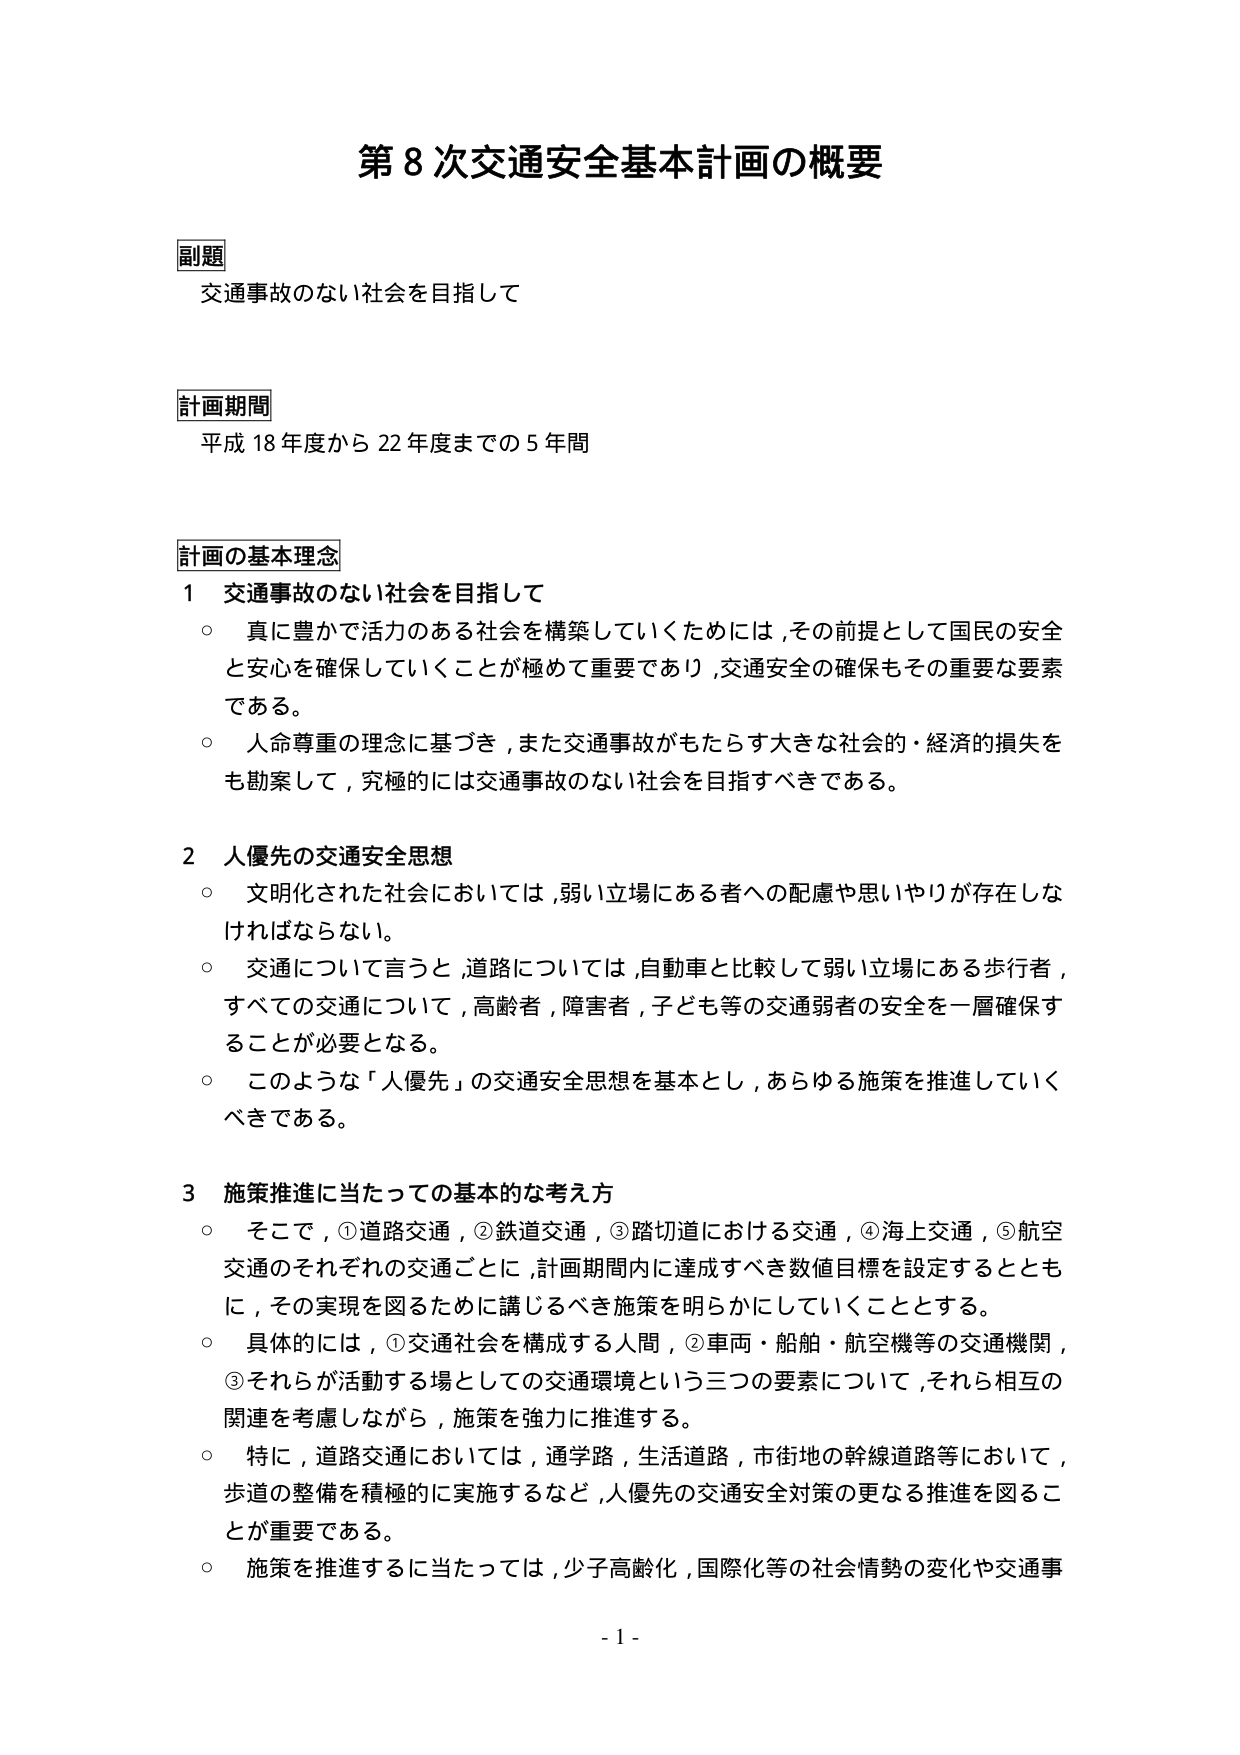
第８次交通安全基本計画の概要

副題
交通事故のない社会を目指して

計画期間
平成18年度から22年度までの5年間

計画の基本理念
1 交通事故のない社会を目指して
○ 真に豊かで活力のある社会を構築していくためには、その前提として国民の安全と安心を確保していくことが極めて重要であり、交通安全の確保もその重要な要素である。
○ 人命尊重の理念に基づき、また交通事故がもたらす大きな社会的・経済的損失をも勘案して、究極的には交通事故のない社会を目指すべきである。

2 人優先の交通安全思想
○ 文明化された社会においては、弱い立場にある者への配慮や思いやりが存在しなければならない。
○ 交通について言うと、道路については、自動車と比較して弱い立場にある歩行者、すべての交通について、高齢者、障害者、子ども等の交通弱者の安全を一層確保することが必要となる。
○ このような「人優先」の交通安全思想を基本とし、あらゆる施策を推進していくべきである。

3 施策推進に当たっての基本的な考え方
○ そこで、①道路交通、②鉄道交通、③踏切道における交通、④海上交通、⑤航空交通のそれぞれの交通ごとに、計画期間内に達成すべき数値目標を設定するとともに、その実現を図るために講じるべき施策を明らかにしていくこととする。
○ 具体的には、①交通社会を構成する人間、②車両・船舶・航空機等の交通機関、③それらが活動する場としての交通環境という三つの要素について、それら相互の関連を考慮しながら、施策を強力に推進する。
○ 特に、道路交通においては、通学路、生活道路、市街地の幹線道路等において、歩道の整備を積極的に実施するなど、人優先の交通安全対策の更なる推進を図ることが重要である。
○ 施策を推進するに当たっては、少子高齢化、国際化等の社会情勢の変化や交通事

- 1 -